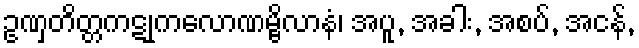
ဥဏှတိတ္တကဋုကလောဏမ္ဗိလာနံ၊ အပူ, အခါး, အစပ်, အငန်,